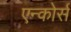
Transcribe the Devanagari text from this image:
एन्कोर्स